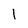
Character: 1